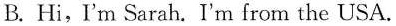
B. Hi,I'm Sarah. I'm from the USA.